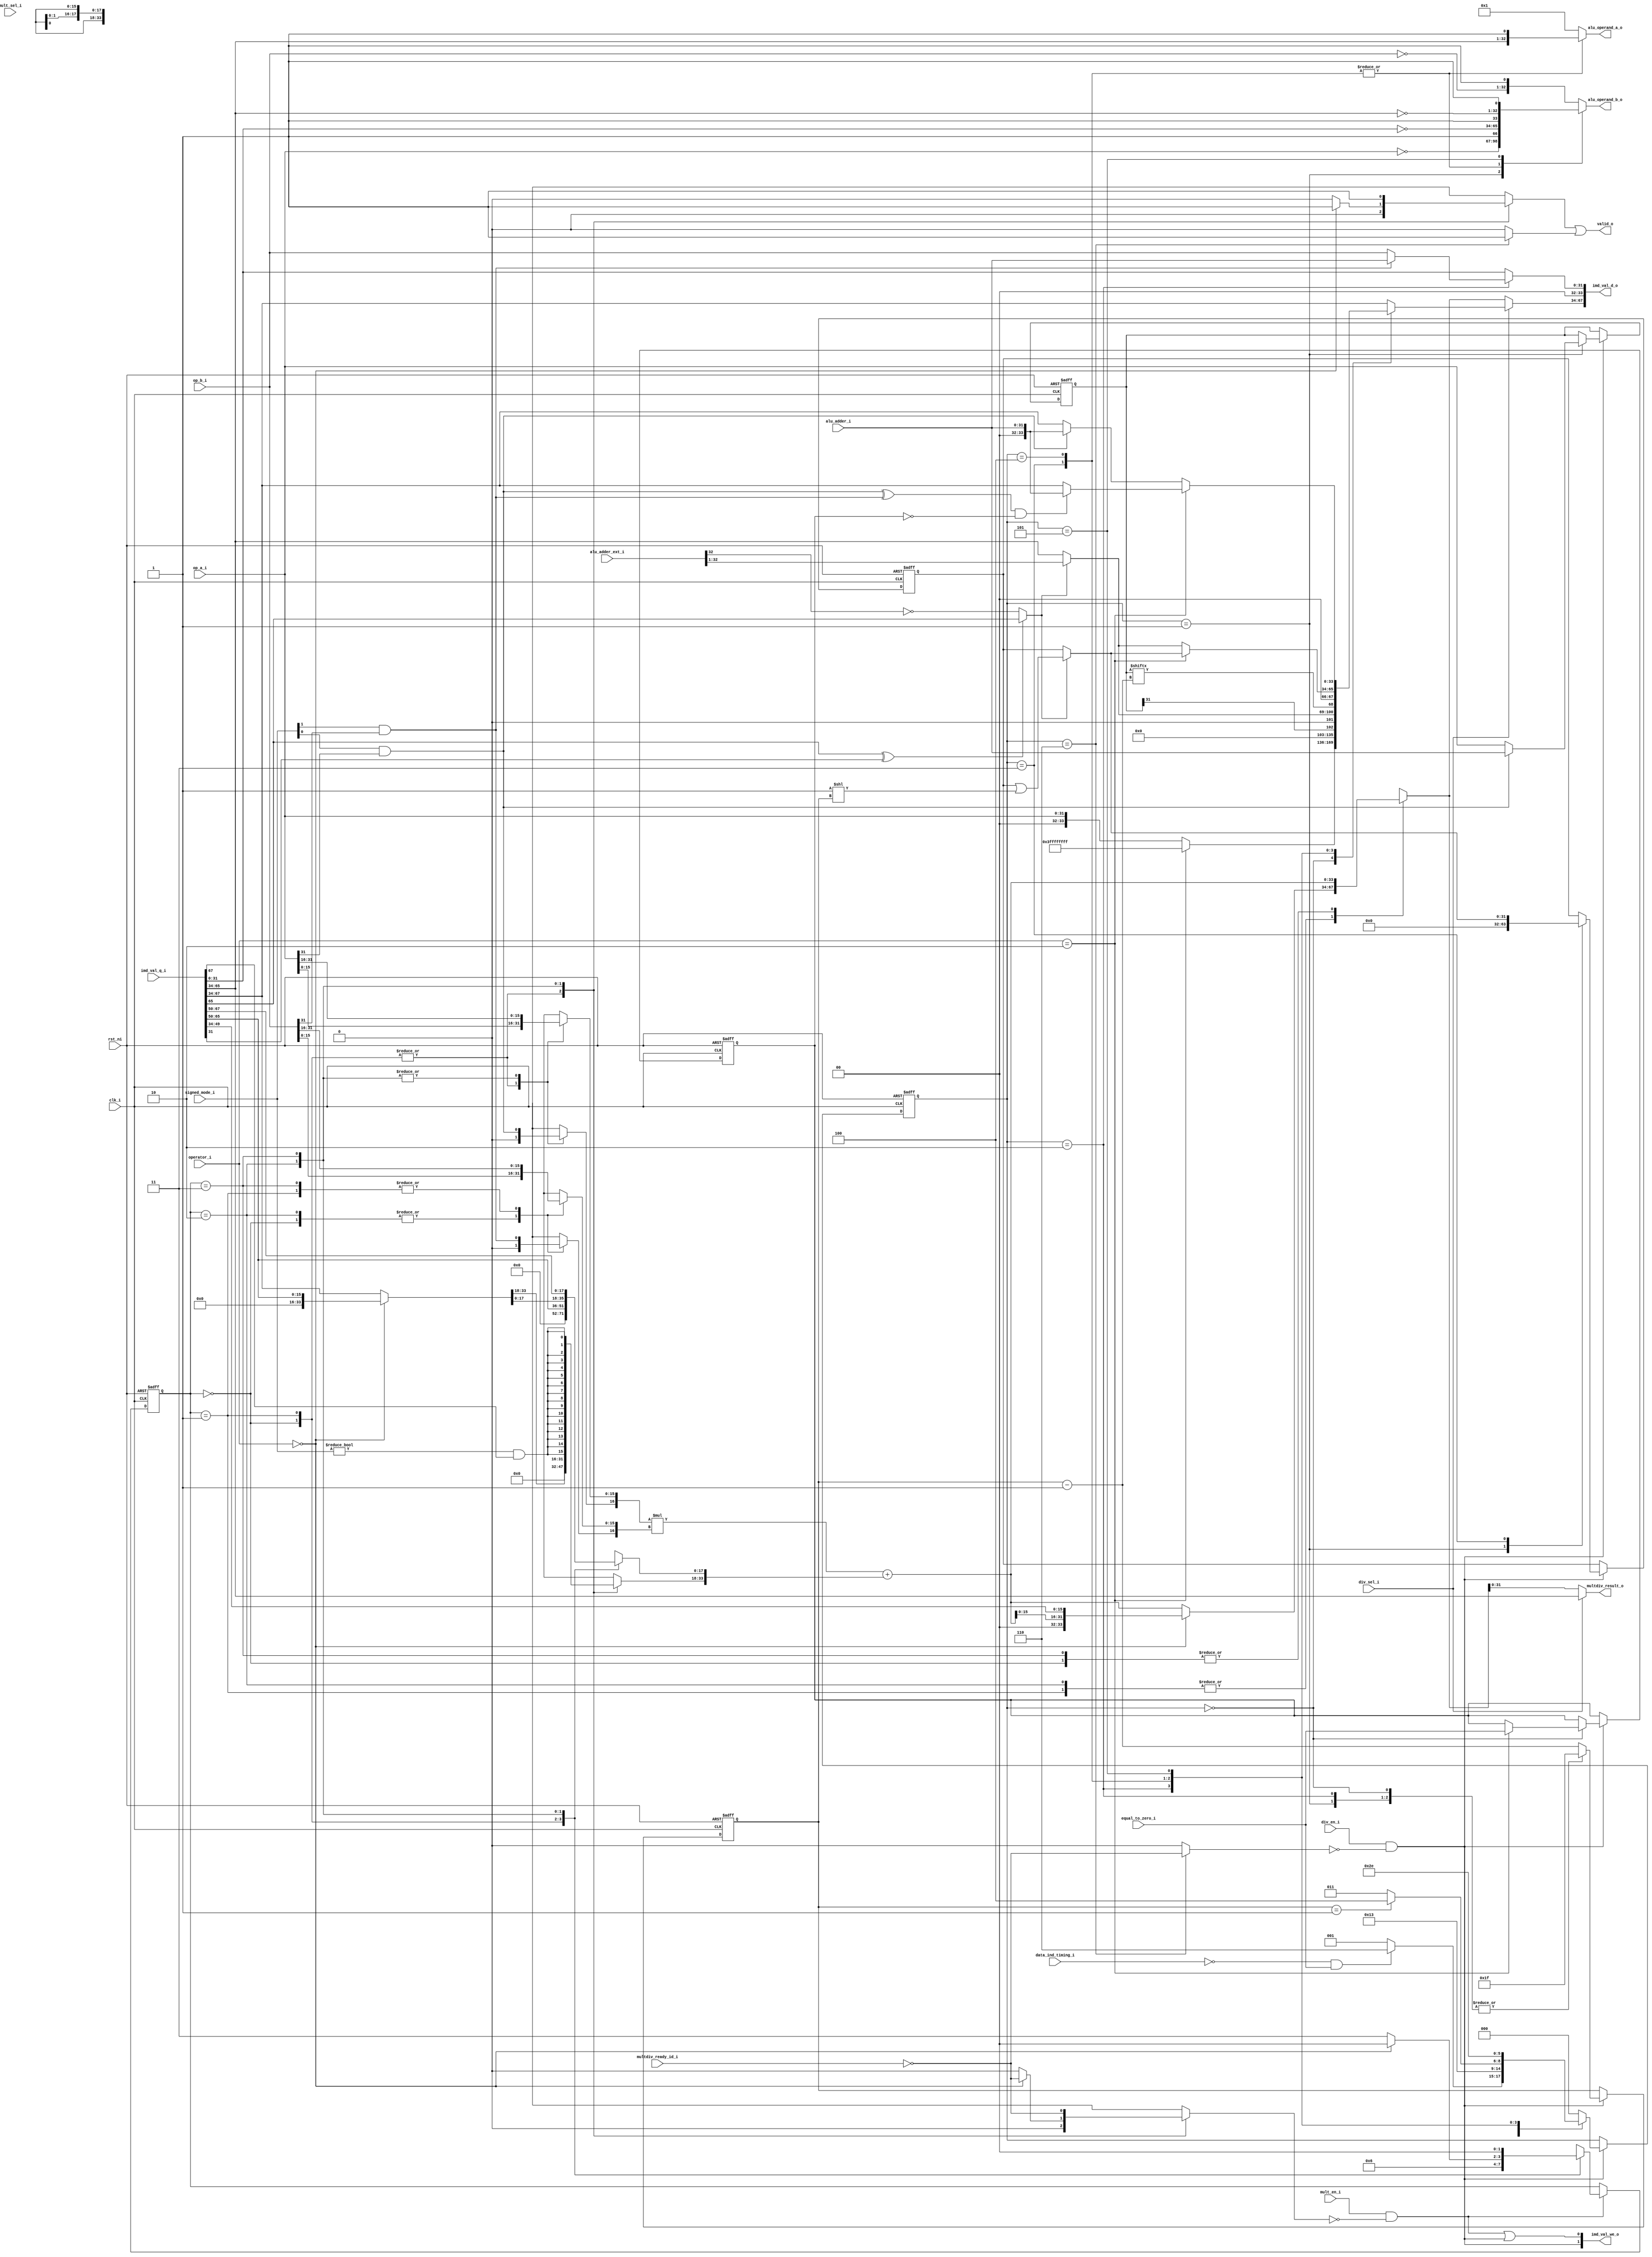
module ibex_multdiv_fast (
	clk_i,
	rst_ni,
	mult_en_i,
	div_en_i,
	mult_sel_i,
	div_sel_i,
	operator_i,
	signed_mode_i,
	op_a_i,
	op_b_i,
	alu_adder_ext_i,
	alu_adder_i,
	equal_to_zero_i,
	data_ind_timing_i,
	alu_operand_a_o,
	alu_operand_b_o,
	imd_val_q_i,
	imd_val_d_o,
	imd_val_we_o,
	multdiv_ready_id_i,
	multdiv_result_o,
	valid_o
);
	parameter integer RV32M = 32'sd2;
	input wire clk_i;
	input wire rst_ni;
	input wire mult_en_i;
	input wire div_en_i;
	input wire mult_sel_i;
	input wire div_sel_i;
	input wire [1:0] operator_i;
	input wire [1:0] signed_mode_i;
	input wire [31:0] op_a_i;
	input wire [31:0] op_b_i;
	input wire [33:0] alu_adder_ext_i;
	input wire [31:0] alu_adder_i;
	input wire equal_to_zero_i;
	input wire data_ind_timing_i;
	output reg [32:0] alu_operand_a_o;
	output reg [32:0] alu_operand_b_o;
	input wire [67:0] imd_val_q_i;
	output wire [67:0] imd_val_d_o;
	output wire [1:0] imd_val_we_o;
	input wire multdiv_ready_id_i;
	output wire [31:0] multdiv_result_o;
	output wire valid_o;
	wire signed [34:0] mac_res_signed;
	wire [34:0] mac_res_ext;
	reg [33:0] accum;
	reg sign_a;
	reg sign_b;
	reg mult_valid;
	wire signed_mult;
	reg [33:0] mac_res_d;
	reg [33:0] op_remainder_d;
	wire [33:0] mac_res;
	wire div_sign_a;
	wire div_sign_b;
	reg is_greater_equal;
	wire div_change_sign;
	wire rem_change_sign;
	wire [31:0] one_shift;
	wire [31:0] op_denominator_q;
	reg [31:0] op_numerator_q;
	reg [31:0] op_quotient_q;
	reg [31:0] op_denominator_d;
	reg [31:0] op_numerator_d;
	reg [31:0] op_quotient_d;
	wire [31:0] next_remainder;
	wire [32:0] next_quotient;
	wire [31:0] res_adder_h;
	reg div_valid;
	reg [4:0] div_counter_q;
	reg [4:0] div_counter_d;
	wire multdiv_en;
	reg mult_hold;
	reg div_hold;
	reg div_by_zero_d;
	reg div_by_zero_q;
	wire mult_en_internal;
	wire div_en_internal;
	reg [2:0] md_state_q;
	reg [2:0] md_state_d;
	wire unused_mult_sel_i;
	assign unused_mult_sel_i = mult_sel_i;
	assign mult_en_internal = mult_en_i & ~mult_hold;
	assign div_en_internal = div_en_i & ~div_hold;
	always @(posedge clk_i or negedge rst_ni)
		if (!rst_ni) begin
			div_counter_q <= 1'sb0;
			md_state_q <= 3'd0;
			op_numerator_q <= 1'sb0;
			op_quotient_q <= 1'sb0;
			div_by_zero_q <= 1'sb0;
		end
		else if (div_en_internal) begin
			div_counter_q <= div_counter_d;
			op_numerator_q <= op_numerator_d;
			op_quotient_q <= op_quotient_d;
			md_state_q <= md_state_d;
			div_by_zero_q <= div_by_zero_d;
		end
	assign multdiv_en = mult_en_internal | div_en_internal;
	assign imd_val_d_o[34+:34] = (div_sel_i ? op_remainder_d : mac_res_d);
	assign imd_val_we_o[0] = multdiv_en;
	assign imd_val_d_o[0+:34] = {2'b00, op_denominator_d};
	assign imd_val_we_o[1] = div_en_internal;
	assign op_denominator_q = imd_val_q_i[31-:32];
	wire [1:0] unused_imd_val;
	assign unused_imd_val = imd_val_q_i[33-:2];
	wire unused_mac_res_ext;
	assign unused_mac_res_ext = mac_res_ext[34];
	assign signed_mult = signed_mode_i != 2'b00;
	assign multdiv_result_o = (div_sel_i ? imd_val_q_i[65-:32] : mac_res_d[31:0]);
	// generate
	// 	if (RV32M == 32'sd3) begin : gen_mult_single_cycle
	// 		reg mult_state_q;
	// 		reg mult_state_d;
	// 		wire signed [33:0] mult1_res;
	// 		wire signed [33:0] mult2_res;
	// 		wire signed [33:0] mult3_res;
	// 		wire [33:0] mult1_res_uns;
	// 		wire [33:32] unused_mult1_res_uns;
	// 		wire [15:0] mult1_op_a;
	// 		wire [15:0] mult1_op_b;
	// 		wire [15:0] mult2_op_a;
	// 		wire [15:0] mult2_op_b;
	// 		reg [15:0] mult3_op_a;
	// 		reg [15:0] mult3_op_b;
	// 		wire mult1_sign_a;
	// 		wire mult1_sign_b;
	// 		wire mult2_sign_a;
	// 		wire mult2_sign_b;
	// 		reg mult3_sign_a;
	// 		reg mult3_sign_b;
	// 		reg [33:0] summand1;
	// 		reg [33:0] summand2;
	// 		reg [33:0] summand3;
	// 		assign mult1_res = $signed({mult1_sign_a, mult1_op_a}) * $signed({mult1_sign_b, mult1_op_b});
	// 		assign mult2_res = $signed({mult2_sign_a, mult2_op_a}) * $signed({mult2_sign_b, mult2_op_b});
	// 		assign mult3_res = $signed({mult3_sign_a, mult3_op_a}) * $signed({mult3_sign_b, mult3_op_b});
	// 		assign mac_res_signed = ($signed(summand1) + $signed(summand2)) + $signed(summand3);
	// 		assign mult1_res_uns = $unsigned(mult1_res);
	// 		assign mac_res_ext = $unsigned(mac_res_signed);
	// 		assign mac_res = mac_res_ext[33:0];
	// 		wire [1:1] sv2v_tmp_822BD;
	// 		assign sv2v_tmp_822BD = signed_mode_i[0] & op_a_i[31];
	// 		always @(*) sign_a = sv2v_tmp_822BD;
	// 		wire [1:1] sv2v_tmp_4DE54;
	// 		assign sv2v_tmp_4DE54 = signed_mode_i[1] & op_b_i[31];
	// 		always @(*) sign_b = sv2v_tmp_4DE54;
	// 		assign mult1_sign_a = 1'b0;
	// 		assign mult1_sign_b = 1'b0;
	// 		assign mult1_op_a = op_a_i[15:0];
	// 		assign mult1_op_b = op_b_i[15:0];
	// 		assign mult2_sign_a = 1'b0;
	// 		assign mult2_sign_b = sign_b;
	// 		assign mult2_op_a = op_a_i[15:0];
	// 		assign mult2_op_b = op_b_i[31:16];
	// 		wire [18:1] sv2v_tmp_915C6;
	// 		assign sv2v_tmp_915C6 = imd_val_q_i[67-:18];
	// 		always @(*) accum[17:0] = sv2v_tmp_915C6;
	// 		wire [16:1] sv2v_tmp_2094F;
	// 		assign sv2v_tmp_2094F = {16 {signed_mult & imd_val_q_i[67]}};
	// 		always @(*) accum[33:18] = sv2v_tmp_2094F;
	// 		always @(*) begin
	// 			mult3_sign_a = sign_a;
	// 			mult3_sign_b = 1'b0;
	// 			mult3_op_a = op_a_i[31:16];
	// 			mult3_op_b = op_b_i[15:0];
	// 			summand1 = {18'h00000, mult1_res_uns[31:16]};
	// 			summand2 = $unsigned(mult2_res);
	// 			summand3 = $unsigned(mult3_res);
	// 			mac_res_d = {2'b00, mac_res[15:0], mult1_res_uns[15:0]};
	// 			mult_valid = mult_en_i;
	// 			mult_state_d = 1'd0;
	// 			mult_hold = 1'b0;
	// 			case (mult_state_q)
	// 				1'd0:
	// 					if (operator_i != 2'd0) begin
	// 						mac_res_d = mac_res;
	// 						mult_valid = 1'b0;
	// 						mult_state_d = 1'd1;
	// 					end
	// 					else
	// 						mult_hold = ~multdiv_ready_id_i;
	// 				1'd1: begin
	// 					mult3_sign_a = sign_a;
	// 					mult3_sign_b = sign_b;
	// 					mult3_op_a = op_a_i[31:16];
	// 					mult3_op_b = op_b_i[31:16];
	// 					mac_res_d = mac_res;
	// 					summand1 = 1'sb0;
	// 					summand2 = accum;
	// 					summand3 = $unsigned(mult3_res);
	// 					mult_state_d = 1'd0;
	// 					mult_valid = 1'b1;
	// 					mult_hold = ~multdiv_ready_id_i;
	// 				end
	// 				default: mult_state_d = 1'd0;
	// 			endcase
	// 		end
	// 		always @(posedge clk_i or negedge rst_ni)
	// 			if (!rst_ni)
	// 				mult_state_q <= 1'd0;
	// 			else if (mult_en_internal)
	// 				mult_state_q <= mult_state_d;
	// 		assign unused_mult1_res_uns = mult1_res_uns[33:32];
	// 	end
	// 	else begin : gen_mult_fast
			reg [15:0] mult_op_a;
			reg [15:0] mult_op_b;
			reg [1:0] mult_state_q;
			reg [1:0] mult_state_d;
			assign mac_res_signed = ($signed({sign_a, mult_op_a}) * $signed({sign_b, mult_op_b})) + $signed(accum);
			assign mac_res_ext = $unsigned(mac_res_signed);
			assign mac_res = mac_res_ext[33:0];
			always @(*) begin
				mult_op_a = op_a_i[15:0];
				mult_op_b = op_b_i[15:0];
				sign_a = 1'b0;
				sign_b = 1'b0;
				accum = imd_val_q_i[34+:34];
				mac_res_d = mac_res;
				mult_state_d = mult_state_q;
				mult_valid = 1'b0;
				mult_hold = 1'b0;
				case (mult_state_q)
					2'd0: begin
						mult_op_a = op_a_i[15:0];
						mult_op_b = op_b_i[15:0];
						sign_a = 1'b0;
						sign_b = 1'b0;
						accum = 1'sb0;
						mac_res_d = mac_res;
						mult_state_d = 2'd1;
					end
					2'd1: begin
						mult_op_a = op_a_i[15:0];
						mult_op_b = op_b_i[31:16];
						sign_a = 1'b0;
						sign_b = signed_mode_i[1] & op_b_i[31];
						accum = {18'b000000000000000000, imd_val_q_i[65-:16]};
						if (operator_i == 2'd0)
							mac_res_d = {2'b00, mac_res[15:0], imd_val_q_i[49-:16]};
						else
							mac_res_d = mac_res;
						mult_state_d = 2'd2;
					end
					2'd2: begin
						mult_op_a = op_a_i[31:16];
						mult_op_b = op_b_i[15:0];
						sign_a = signed_mode_i[0] & op_a_i[31];
						sign_b = 1'b0;
						if (operator_i == 2'd0) begin
							accum = {18'b000000000000000000, imd_val_q_i[65-:16]};
							mac_res_d = {2'b00, mac_res[15:0], imd_val_q_i[49-:16]};
							mult_valid = 1'b1;
							mult_state_d = 2'd0;
							mult_hold = ~multdiv_ready_id_i;
						end
						else begin
							accum = imd_val_q_i[34+:34];
							mac_res_d = mac_res;
							mult_state_d = 2'd3;
						end
					end
					2'd3: begin
						mult_op_a = op_a_i[31:16];
						mult_op_b = op_b_i[31:16];
						sign_a = signed_mode_i[0] & op_a_i[31];
						sign_b = signed_mode_i[1] & op_b_i[31];
						accum[17:0] = imd_val_q_i[67-:18];
						accum[33:18] = {16 {signed_mult & imd_val_q_i[67]}};
						mac_res_d = mac_res;
						mult_valid = 1'b1;
						mult_state_d = 2'd0;
						mult_hold = ~multdiv_ready_id_i;
					end
					default: mult_state_d = 2'd0;
				endcase
			end
			always @(posedge clk_i or negedge rst_ni)
				if (!rst_ni)
					mult_state_q <= 2'd0;
				else if (mult_en_internal)
					mult_state_q <= mult_state_d;
	// 	end
	// endgenerate
	assign res_adder_h = alu_adder_ext_i[32:1];
	wire [1:0] unused_alu_adder_ext;
	assign unused_alu_adder_ext = {alu_adder_ext_i[33], alu_adder_ext_i[0]};
	assign next_remainder = (is_greater_equal ? res_adder_h[31:0] : imd_val_q_i[65-:32]);
	assign next_quotient = (is_greater_equal ? {1'b0, op_quotient_q} | {1'b0, one_shift} : {1'b0, op_quotient_q});
	assign one_shift = 32'b00000000000000000000000000000001 << div_counter_q;
	always @(*)
		if ((imd_val_q_i[65] ^ op_denominator_q[31]) == 1'b0)
			is_greater_equal = res_adder_h[31] == 1'b0;
		else
			is_greater_equal = imd_val_q_i[65];
	assign div_sign_a = op_a_i[31] & signed_mode_i[0];
	assign div_sign_b = op_b_i[31] & signed_mode_i[1];
	assign div_change_sign = (div_sign_a ^ div_sign_b) & ~div_by_zero_q;
	assign rem_change_sign = div_sign_a;
	always @(*) begin
		div_counter_d = div_counter_q - 5'h01;
		op_remainder_d = imd_val_q_i[34+:34];
		op_quotient_d = op_quotient_q;
		md_state_d = md_state_q;
		op_numerator_d = op_numerator_q;
		op_denominator_d = op_denominator_q;
		alu_operand_a_o = 33'b000000000000000000000000000000001;
		alu_operand_b_o = {~op_b_i, 1'b1};
		div_valid = 1'b0;
		div_hold = 1'b0;
		div_by_zero_d = div_by_zero_q;
		case (md_state_q)
			3'd0: begin
				if (operator_i == 2'd2) begin
					op_remainder_d = 1'sb1;
					md_state_d = (!data_ind_timing_i && equal_to_zero_i ? 3'd6 : 3'd1);
					div_by_zero_d = equal_to_zero_i;
				end
				else begin
					op_remainder_d = {2'b00, op_a_i};
					md_state_d = (!data_ind_timing_i && equal_to_zero_i ? 3'd6 : 3'd1);
				end
				alu_operand_a_o = 33'b000000000000000000000000000000001;
				alu_operand_b_o = {~op_b_i, 1'b1};
				div_counter_d = 5'd31;
			end
			3'd1: begin
				op_quotient_d = 1'sb0;
				op_numerator_d = (div_sign_a ? alu_adder_i : op_a_i);
				md_state_d = 3'd2;
				div_counter_d = 5'd31;
				alu_operand_a_o = 33'b000000000000000000000000000000001;
				alu_operand_b_o = {~op_a_i, 1'b1};
			end
			3'd2: begin
				op_remainder_d = {33'h000000000, op_numerator_q[31]};
				op_denominator_d = (div_sign_b ? alu_adder_i : op_b_i);
				md_state_d = 3'd3;
				div_counter_d = 5'd31;
				alu_operand_a_o = 33'b000000000000000000000000000000001;
				alu_operand_b_o = {~op_b_i, 1'b1};
			end
			3'd3: begin
				op_remainder_d = {1'b0, next_remainder[31:0], op_numerator_q[div_counter_d]};
				op_quotient_d = next_quotient[31:0];
				md_state_d = (div_counter_q == 5'd1 ? 3'd4 : 3'd3);
				alu_operand_a_o = {imd_val_q_i[65-:32], 1'b1};
				alu_operand_b_o = {~op_denominator_q[31:0], 1'b1};
			end
			3'd4: begin
				if (operator_i == 2'd2)
					op_remainder_d = {1'b0, next_quotient};
				else
					op_remainder_d = {2'b00, next_remainder[31:0]};
				alu_operand_a_o = {imd_val_q_i[65-:32], 1'b1};
				alu_operand_b_o = {~op_denominator_q[31:0], 1'b1};
				md_state_d = 3'd5;
			end
			3'd5: begin
				md_state_d = 3'd6;
				if (operator_i == 2'd2)
					op_remainder_d = (div_change_sign ? {2'h0, alu_adder_i} : imd_val_q_i[34+:34]);
				else
					op_remainder_d = (rem_change_sign ? {2'h0, alu_adder_i} : imd_val_q_i[34+:34]);
				alu_operand_a_o = 33'b000000000000000000000000000000001;
				alu_operand_b_o = {~imd_val_q_i[65-:32], 1'b1};
			end
			3'd6: begin
				md_state_d = 3'd0;
				div_hold = ~multdiv_ready_id_i;
				div_valid = 1'b1;
			end
			default: md_state_d = 3'd0;
		endcase
	end
	assign valid_o = mult_valid | div_valid;
endmodule